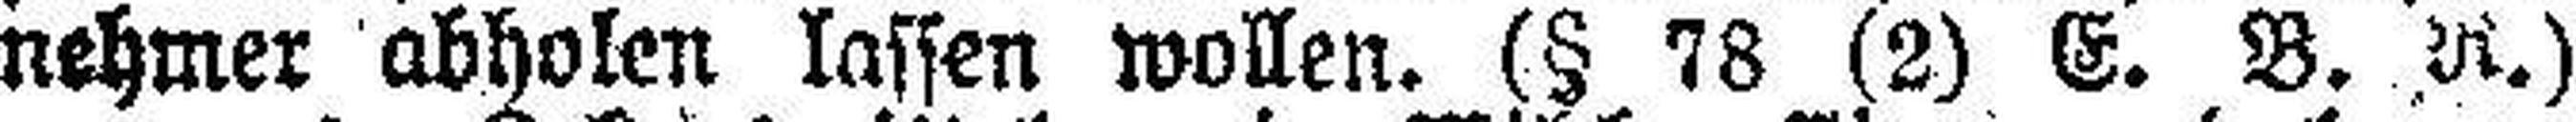
nehmer abholen lassen wollen. (§ 78 (2) E. B. R.)